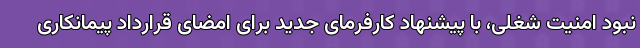
نبود امنیت شغلی، با پیشنهاد کارفرمای جدید برای امضای قرارداد پیمانکاری